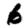
Digit: 6